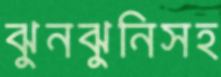
ঝুনঝুনিসহ